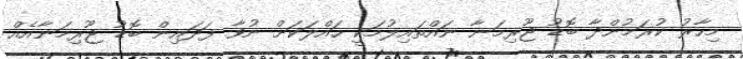
މިހާރު ކުރަމުންދާ ބޮޑު ޖޫރިމަނާ ނައްތައިލުމަކީ ހައްލަކަށް ނުވާ ފަދައިން ބޮޑު ޖޫރިމަނާއެއް